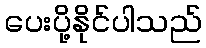
ပေးပို့နိုင်ပါသည်